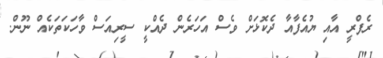
ރެފްރީ އާއި ޔުއެފާއާ ދެކޮޅަށް ވެސް އަހަރެން ދެއްކީ ސީރިއަސް ވާހަކަތަކެއް ނޫން.